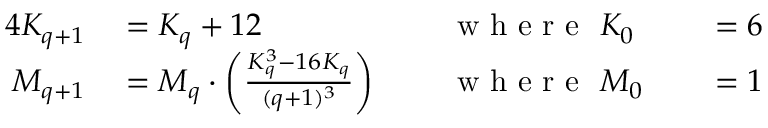
\begin{array} { r l r l r l } { { 4 } K _ { q + 1 } } & { { } = K _ { q } + 1 2 \, \, } & { } & { { } { \textrm { w h e r e } } \, \, K _ { 0 } } & { } & { { } = 6 } \\ { M _ { q + 1 } } & { { } = M _ { q } \cdot \left( { \frac { K _ { q } ^ { 3 } - 1 6 K _ { q } } { ( q + 1 ) ^ { 3 } } } \right) \, \, } & { } & { { } { \textrm { w h e r e } } \, \, M _ { 0 } } & { } & { { } = 1 } \end{array}